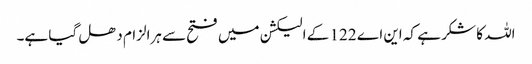
اللہ کا شکر ہے کہ این اے 122 کے الیکشن میں فتح سے ہرالزام دھل گیا ہے۔